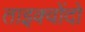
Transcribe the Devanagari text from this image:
ताइक्वोंदो